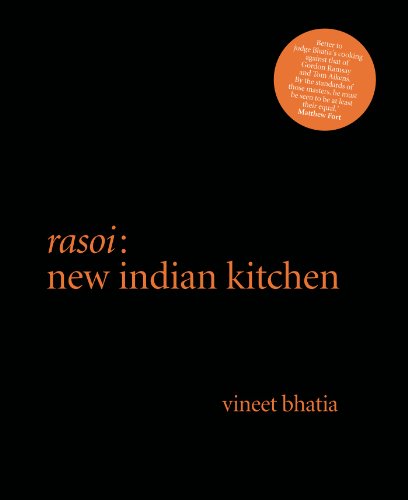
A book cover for Rasoi: New Indian Kitchen; Vineet Bhatia; Cookbooks, Food & Wine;